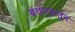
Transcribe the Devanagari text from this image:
बंधाऱ्यातून